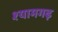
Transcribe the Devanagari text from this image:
श्यामगढ़